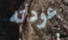
عودته